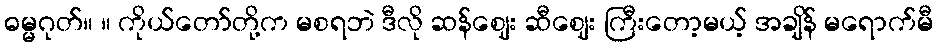
ဓမ္မဂုတ်။ ။ ကိုယ်တော်တို့က မစရဘဲ ဒီလို ဆန်ဈေး ဆီဈေး ကြီးတော့မယ့် အချိန် မရောက်မီ